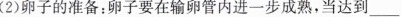
(2)卵子的准备：卵子要在输卵管内进一步成熟，当达到_____